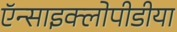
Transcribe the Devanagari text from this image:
ऍन्साइक्लोपीडीया